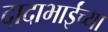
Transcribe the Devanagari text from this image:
दादाभाईंच्या